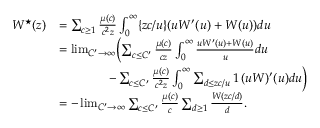
\begin{array} { r l } { W ^ { \star } ( z ) } & { = \sum _ { c \ge 1 } \frac { \mu ( c ) } { c ^ { 2 } z } \int _ { 0 } ^ { \infty } \{ z c / u \} ( u W ^ { \prime } ( u ) + W ( u ) ) d u } \\ & { = \operatorname* { l i m } _ { C ^ { \prime } \rightarrow \infty } \biggl ( \sum _ { c \le C ^ { \prime } } \frac { \mu ( c ) } { c z } \int _ { 0 } ^ { \infty } \frac { u W ^ { \prime } ( u ) + W ( u ) } { u } d u } \\ & { \qquad \qquad - \sum _ { c \le C ^ { \prime } } \frac { \mu ( c ) } { c ^ { 2 } z } \int _ { 0 } ^ { \infty } \sum _ { d \le z c / u } 1 \, ( u W ) ^ { \prime } ( u ) d u \biggr ) } \\ & { = - \operatorname* { l i m } _ { C ^ { \prime } \rightarrow \infty } \sum _ { c \le C ^ { \prime } } \frac { \mu ( c ) } { c } \sum _ { d \ge 1 } \frac { W ( z c / d ) } { d } . } \end{array}